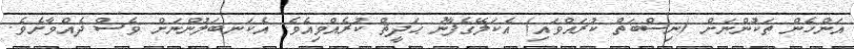
އަންހެން ތަކުންނަށް (ނިސްބަތް ކުރައްވައި) އެކަލޭގެފާނު ޙަދީޘް ކުރެއްވިއެވެ. އެކަނބަލުންނަށް ވެސް ދެއްވާށެވެ.